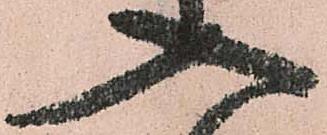
入